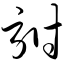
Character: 驸